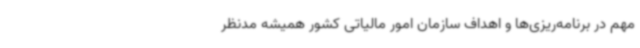
مهم در برنامه‌ریزی‌ها و اهداف سازمان امور مالیاتی کشور همیشه مدنظر